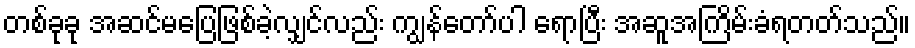
တစ်ခုခု အဆင်မပြေဖြစ်ခဲ့လျှင်လည်း ကျွန်တော်ပါ ရောပြီး အဆူအကြိမ်းခံရတတ်သည်။